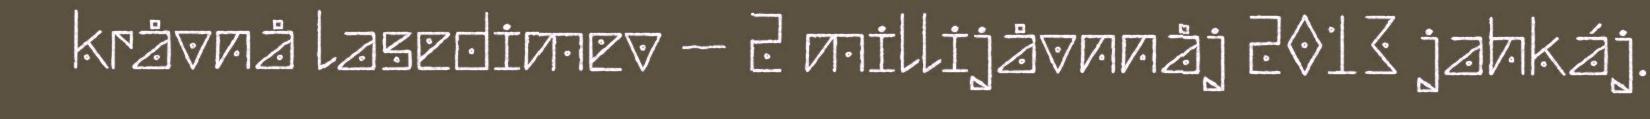
kråvnå lasedimev – 2 millijåvnnåj 2013 jahkáj.